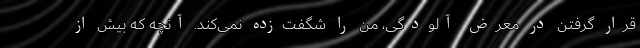
قرار گرفتن در معرض آلودگی، من را شگفت‌زده نمی‌کند. آنچه که بیش از